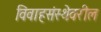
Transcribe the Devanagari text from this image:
विवाहसंस्थेवरील